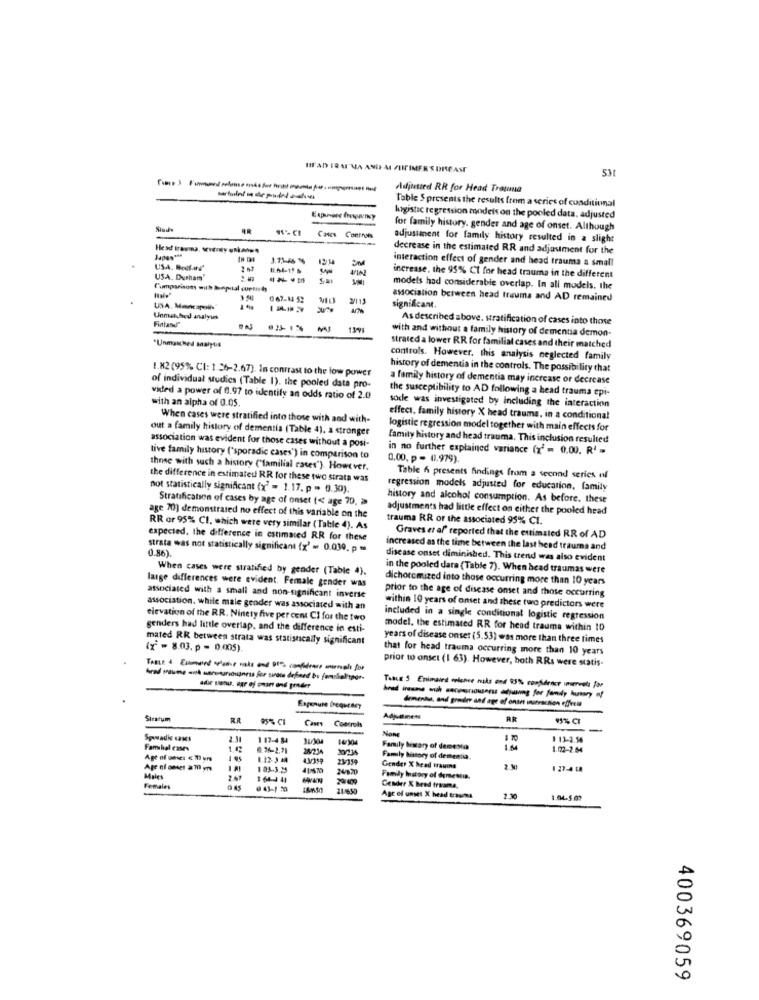
HIF AN ERAI'MA AND MI FIFIMER'S DISEASE
53t
Adjusted RR for Head Tratuna
Table $ presents the results from a series of conditional
kygistic regression models on the pooled data, adjusted
for family history, gender and age of onset. Although
Cases Coninus
adjustment for family history resulted in a slight
decrease in the estimated RR and adjustment for the
Japan ***
interaction effect of gender and head trauma a small
USA, Bodas'
-
VIA
USA. Durham'
increase. the 95% Ct for head trauma in the different
Comparison with bepial curtird
models had considerable overlap. In all models. the
067-14 52
2/113
association between head trauma and AD remained
significant.
Unmatched analyus
FinlandJ'
As described above. stratification of cases into those
with and without a family history of dementia demon-
"Unmatched analysis
strated a lower RR for familial cases and their matched
controls. However, this analysis neglected family
1.82 (95% CI: 1.26-2.67). In contrast to the low power
history of dementia in the controls. The possibility that
a family history of dementia may increase or decrease
of individual studies (Table 1). the pooled data pro-
the susceptibility to AD following a head trauma epi-
vided a power of 6.97 to identify an odds ratio of 2.0
with an alpha of 0.05.
sode was investigated by including the interaction
When cases were stratified into those with and with-
effect, family history X head traume, in a conditional
out a family history of dementia (Table 4). a stronger
logistic regression model together with main effects for
family history and head trauma. This inclusion resulted
association was evident for those cases without a posi-
in no further explained variance (x' = 0.00. R' =
tive family history ('sporadic cases') in comparison to
0,00, p = 0.979).
those with such a history ('familial cases"). However.
the difference in estimated RR for these two strata was
Table 6 presents findings from a second series nf
not statistically significant (x" > 1.17. p = 0.30).
regression models adjusted for education, family
Stratification of cases by age of onset (< age 70, >
history and alcohol consumption. As before. these
adjustments had little effect on either the pooled head
age 70) demonstrated no effect of this variable on the
trauma RR or the associated 95% CI.
RR or 95% CI, which were very similar ( Table 4). As
expected. the difference in estimated RR for these
Graves et al' reported that the estimated RR of AD
strata was not statistically significant (x' = 0.030. p =
0.86).
increased as the time between the last hend trauma and
disease onset diminished. This trend was also evident
When cases were stratified by gender (Table 4).
in the pooled data (Table 7). When head traumas were
large differences were evident. Female gender was
dichorcmized into those occurring more than 10 years
prior to the age of disease onset and those occurring
associated with a small and non-significant inverse
association. while male gender was associated with an
within 10 years of onset and these two predictors were
elevation of the RR. Ninety five per cent Ci for the two
included in a single conditional logistic regression
genders had little overlap, and the difference in esti-
model, the estimated RR for head trauma within 10
mated RR between strata was statistically significant
years of disease onset (5.53) was more than three times
(x = 8.03. p = 0.005).
that for head trauma occurring more than 10 years
prior to onset (1 63). However, hoth RRs were statis-
Tatua 5 Enimaied erichee naks and 95% confidence imervets Jav
Expenure frequthey
drmenha, and grader and age of onset wurraction effects
Stratum
RA
Adjustment
AR
Cases Controls
Nome
Spwadk umcs
2.14
1 17-4 84
1 13-2.54
Famhal cases
1.45
20/234
Family history of demesto
1.02-2.54
Age of waves € 703 yrs
1.12-3 4
Family history of dementia.
Age of cases 2 10 yrs
1 83-3.35
41/679
Gender X head frauins
1 27-4 18
Males
1 64-441
Family history of demesina.
Females
21/650
Gender X heed triama.
Age of unset X head trauma
2.30
1.04.5.07
400369059